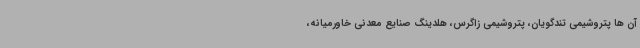
آن ها پتروشیمی تندگویان، پتروشیمی زاگرس، هلدینگ صنایع معدنی خاورمیانه،